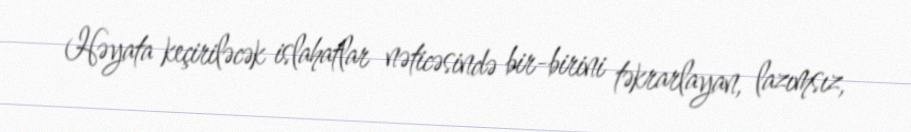
Həyata keçiriləcək islahatlar nəticəsində bir-birini təkrarlayan, lazımsız,